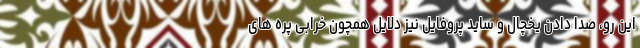
این رو، صدا دادن یخچال و ساید پروفایل نیز دلایل همچون خرابی پره های